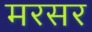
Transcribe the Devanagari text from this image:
मरसर